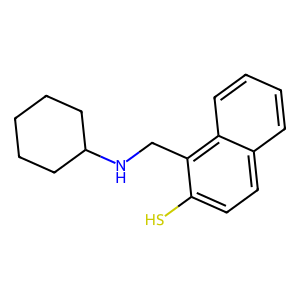
SMILES: Sc1ccc2ccccc2c1CNC1CCCCC1
Inhibits HIV replication: No